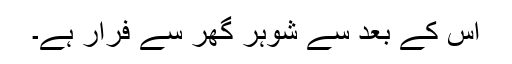
اس کے بعد سے شوہر گھر سے فرار ہے۔